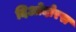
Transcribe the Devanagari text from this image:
दिओदोरस